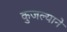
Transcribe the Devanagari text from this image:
कुजल्याने